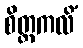
စိတ္တကလိံ